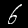
Digit: 6